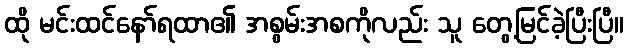
ထို မင်းထင်နော်ရထာ၏ အစွမ်းအစကိုလည်း သူ တွေ့မြင်ခဲ့ပြီးပြီ။